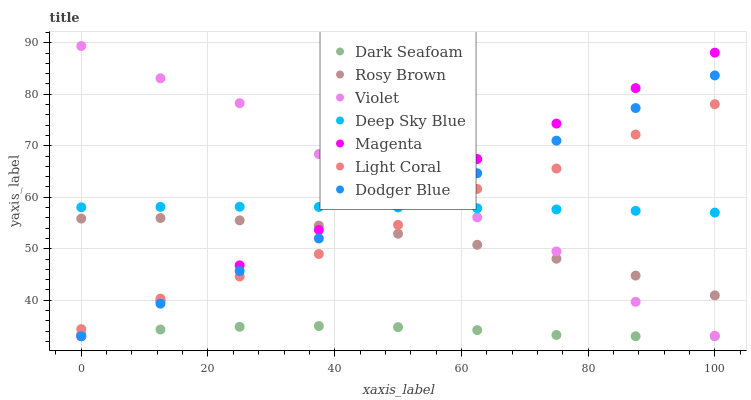
| xaxis_label | Dark Seafoam | Rosy Brown | Violet | Deep Sky Blue | Magenta | Light Coral | Dodger Blue |
 | --- | --- | --- | --- | --- | --- | --- | --- |
 | 0 | 33.4 | 55.9 | 89.4 | 58.1 | 33 | 34.4 | 33 |
 | 12.5 | 34.3 | 56 | 83.1 | 58.1 | 39.9 | 40.3 | 39.3 |
 | 25 | 34.8 | 55.5 | 78.3 | 58.2 | 46.8 | 44.6 | 45.7 |
 | 37.5 | 35 | 54.5 | 68.4 | 58.1 | 53.7 | 49 | 52 |
 | 50 | 34.8 | 52.9 | 62.4 | 58 | 60.5 | 54.6 | 58.3 |
 | 62.5 | 34.2 | 50.8 | 56.1 | 57.9 | 67.4 | 61.6 | 64.7 |
 | 75 | 33.2 | 48.1 | 49.5 | 57.6 | 74.3 | 65.6 | 71 |
 | 87.5 | 33 | 44.8 | 39.7 | 57.4 | 81.2 | 72.2 | 77.3 |
 | 100 | 33 | 40.9 | 33.1 | 57 | 88.1 | 78.1 | 83.7 |